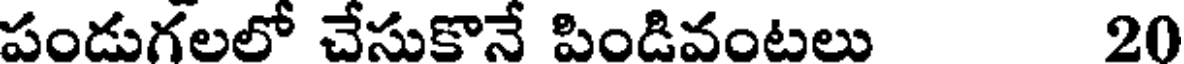
పండుగలలో చేసుకొనే పిండివంటలు 20